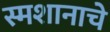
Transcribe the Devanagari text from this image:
स्मशानाचे